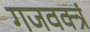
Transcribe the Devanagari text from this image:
गजवक्त्रं